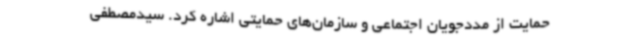
حمایت از مددجویان اجتماعی و سازمان‌های حمایتی اشاره کرد. سیدمصطفی